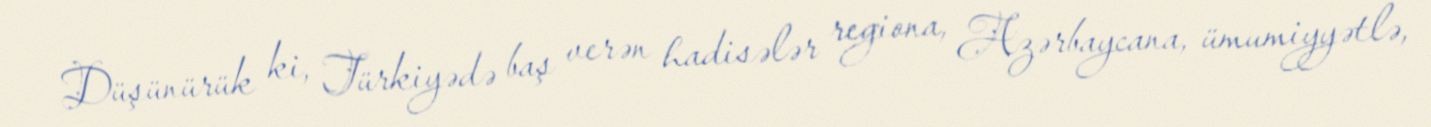
Düşünürük ki, Türkiyədə baş verən hadisələr regiona, Azərbaycana, ümumiyyətlə,